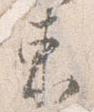
東